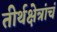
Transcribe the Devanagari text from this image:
तीर्थक्षेत्रांचं